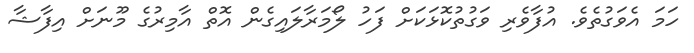
ހަމަ އެވަގުތެވެ. އުފާވެރި ވަގުތުކޮޅަކަށް ފަހު ލޯމަރާލައިގެން އޮތް އާމިރުގެ މޫނަށް އިފާޝާ